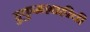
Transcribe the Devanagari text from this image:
हुकुमशाहीची